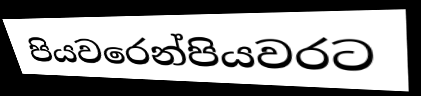
පියවරෙන්පියවරට